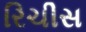
રિચીસ